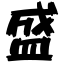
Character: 盛